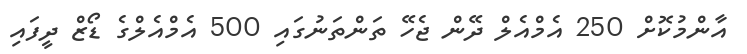
އާންމުކޮށް 250 އެމްއެލް ދޭން ޖެހޭ ތަންތަނުގައި 500 އެމްއެލްގެ ޑޯޒް ދީފައި